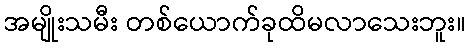
အမျိုးသမီး တစ်ယောက်ခုထိမလာသေးဘူး။